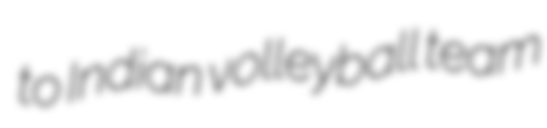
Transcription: to Indian volleyball team